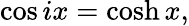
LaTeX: \cos ix=\cosh x,